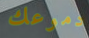
دموعك